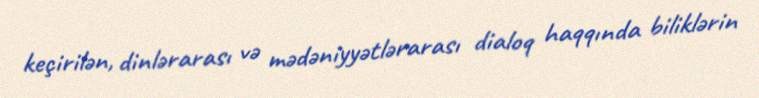
keçirilən, dinlərarası və mədəniyyətlərarası dialoq haqqında biliklərin